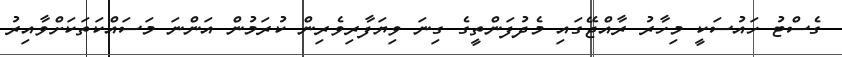
ގެސްޓު ހައުސަކީ މިހާރު ރާއްޖޭގައި މެދުފަންތީގެ ގިނަ ވިޔަފާރިވެރިން ކުރަމުން އަންނަ މަސައްކަތަކަށްވާއިރު